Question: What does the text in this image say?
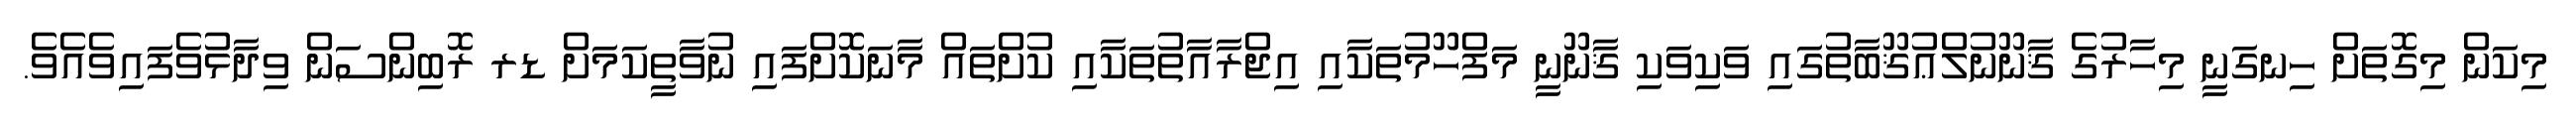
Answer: މިކަން މިގޮތަށް ހިނގަނީ މިހާރުގެ ޤާނޫނުލްޢުޤޫބާތުގައި ވަކިވަކި ޤާނޫނީ މަފްހޫމުތަކާއި އިޖްރާއާތުތަކާއި ކުށްތައް މާނަކޮށްފައި ނުވާތީކަމަށް ޑރ ރޮބިންސަން ވިދާޅުވެފައިވެއެވެ.